65_HS1-834228961_62-HQ-83894_Section_8
Agency: FBI
Page 214
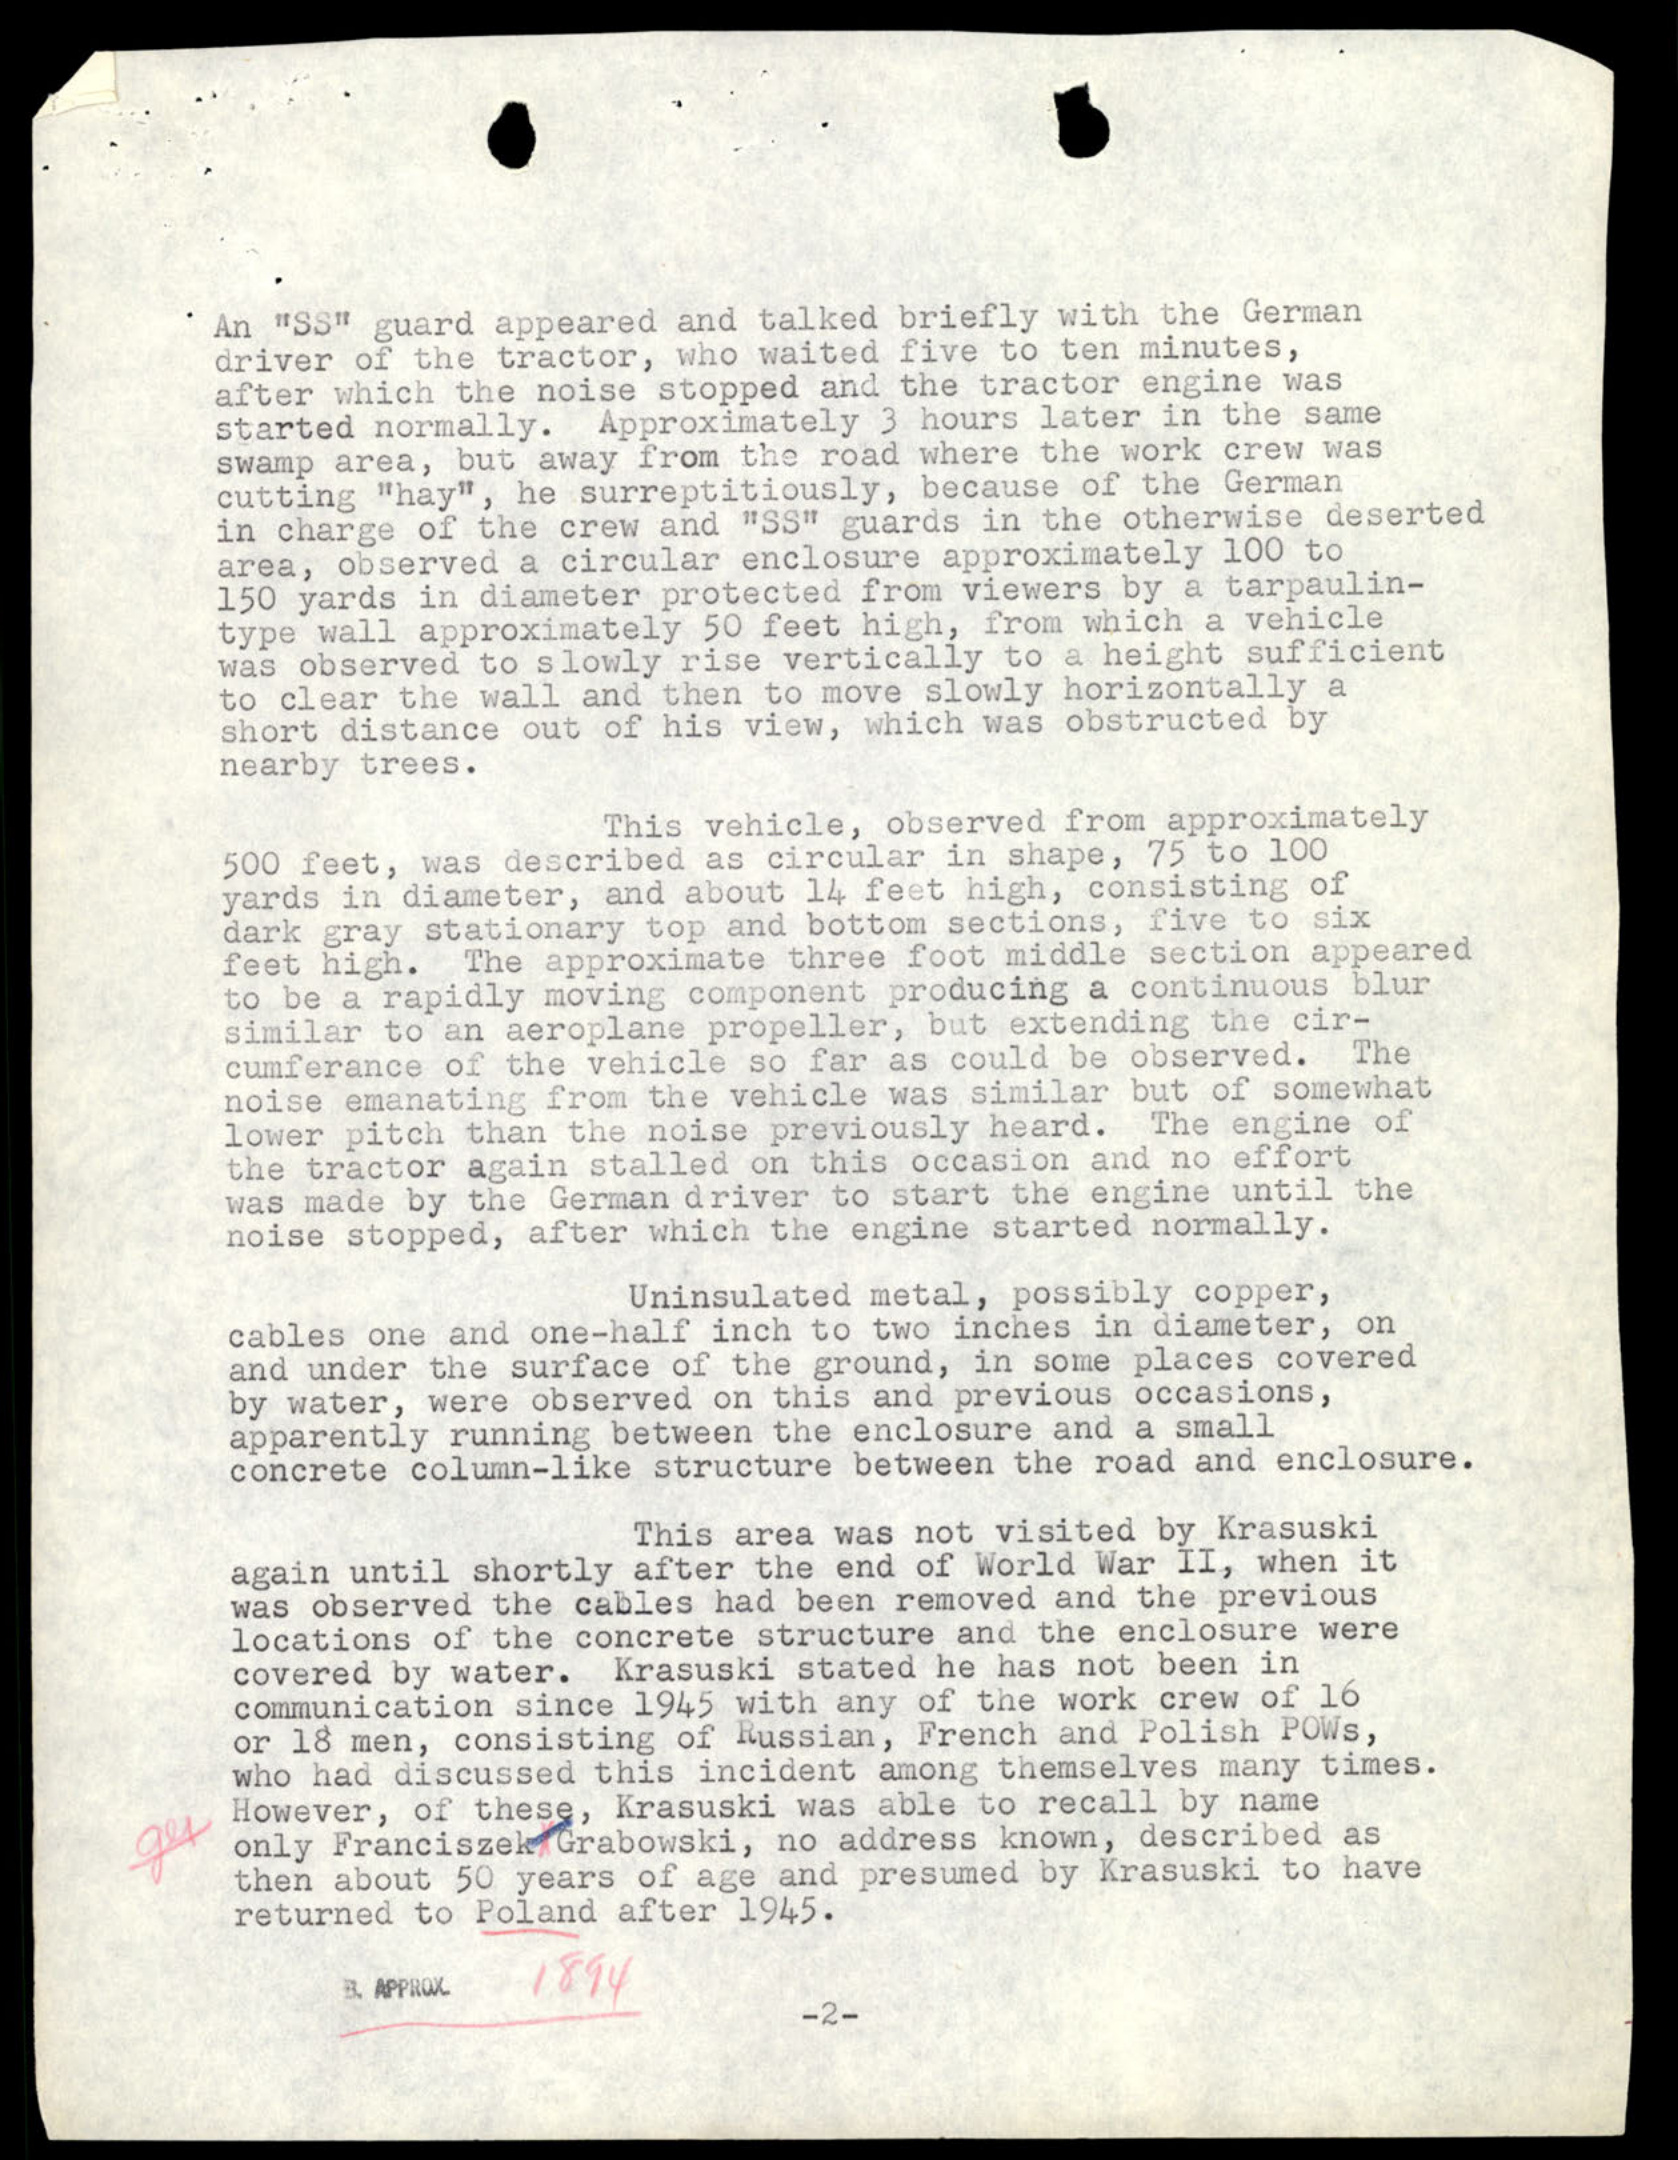